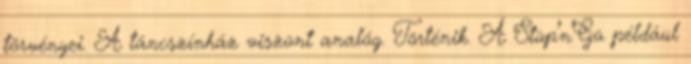
törvényei. A táncszínház viszont analóg. Történik. A Stop’n’Go például